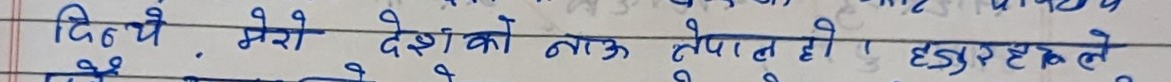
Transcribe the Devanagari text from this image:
दिन्छें, मेरो देशको नाऊ नेपाल हो! हजुरले